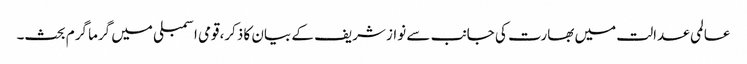
عالمی عدالت میں بھارت کی جانب سے نواز شریف کے بیان کا ذکر،قومی اسمبلی میں گرما گرم بحث۔